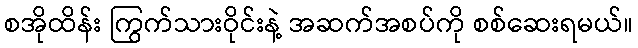
စအိုထိန်း ကြွက်သားဝိုင်းနဲ့ အဆက်အစပ်ကို စစ်ဆေးရမယ်။